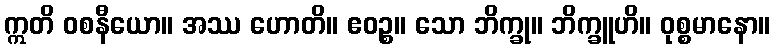
ဣတိ ဝစနီယော။ အဿ ဟောတိ။ ဧဝဉ္စ။ သော ဘိက္ခု။ ဘိက္ခူဟိ။ ဝုစ္စမာနော။